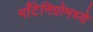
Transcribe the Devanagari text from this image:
माँटेनिग्रोमध्ये